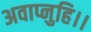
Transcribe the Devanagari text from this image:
अवाप्नुहि।।